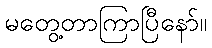
မတွေ့တာကြာပြီနော်။